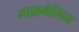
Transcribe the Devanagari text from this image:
गाफ़वेलिन